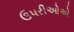
ઉપરીઓએ